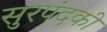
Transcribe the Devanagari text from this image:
सुरपंदकी